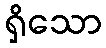
ရှိသော